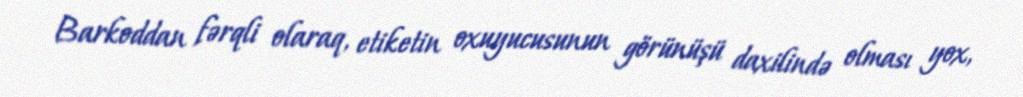
Barkoddan fərqli olaraq, etiketin oxuyucusunun görünüşü daxilində olması yox,